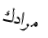
مرادك